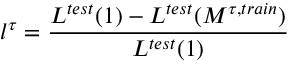
l ^ { \tau } = \frac { L ^ { t e s t } ( 1 ) - L ^ { t e s t } ( M ^ { \tau , t r a i n } ) } { L ^ { t e s t } ( 1 ) }